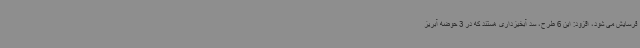
فرسایش می شود، افزود: این 6 طرح، سد آبخیزداری هستند که در 3 حوضه آبریز